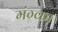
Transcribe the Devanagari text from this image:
मंग्का